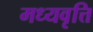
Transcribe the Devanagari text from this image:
मध्यवृत्ति